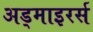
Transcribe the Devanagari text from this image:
अड्माइरर्स